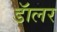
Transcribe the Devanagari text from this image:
डॅालर